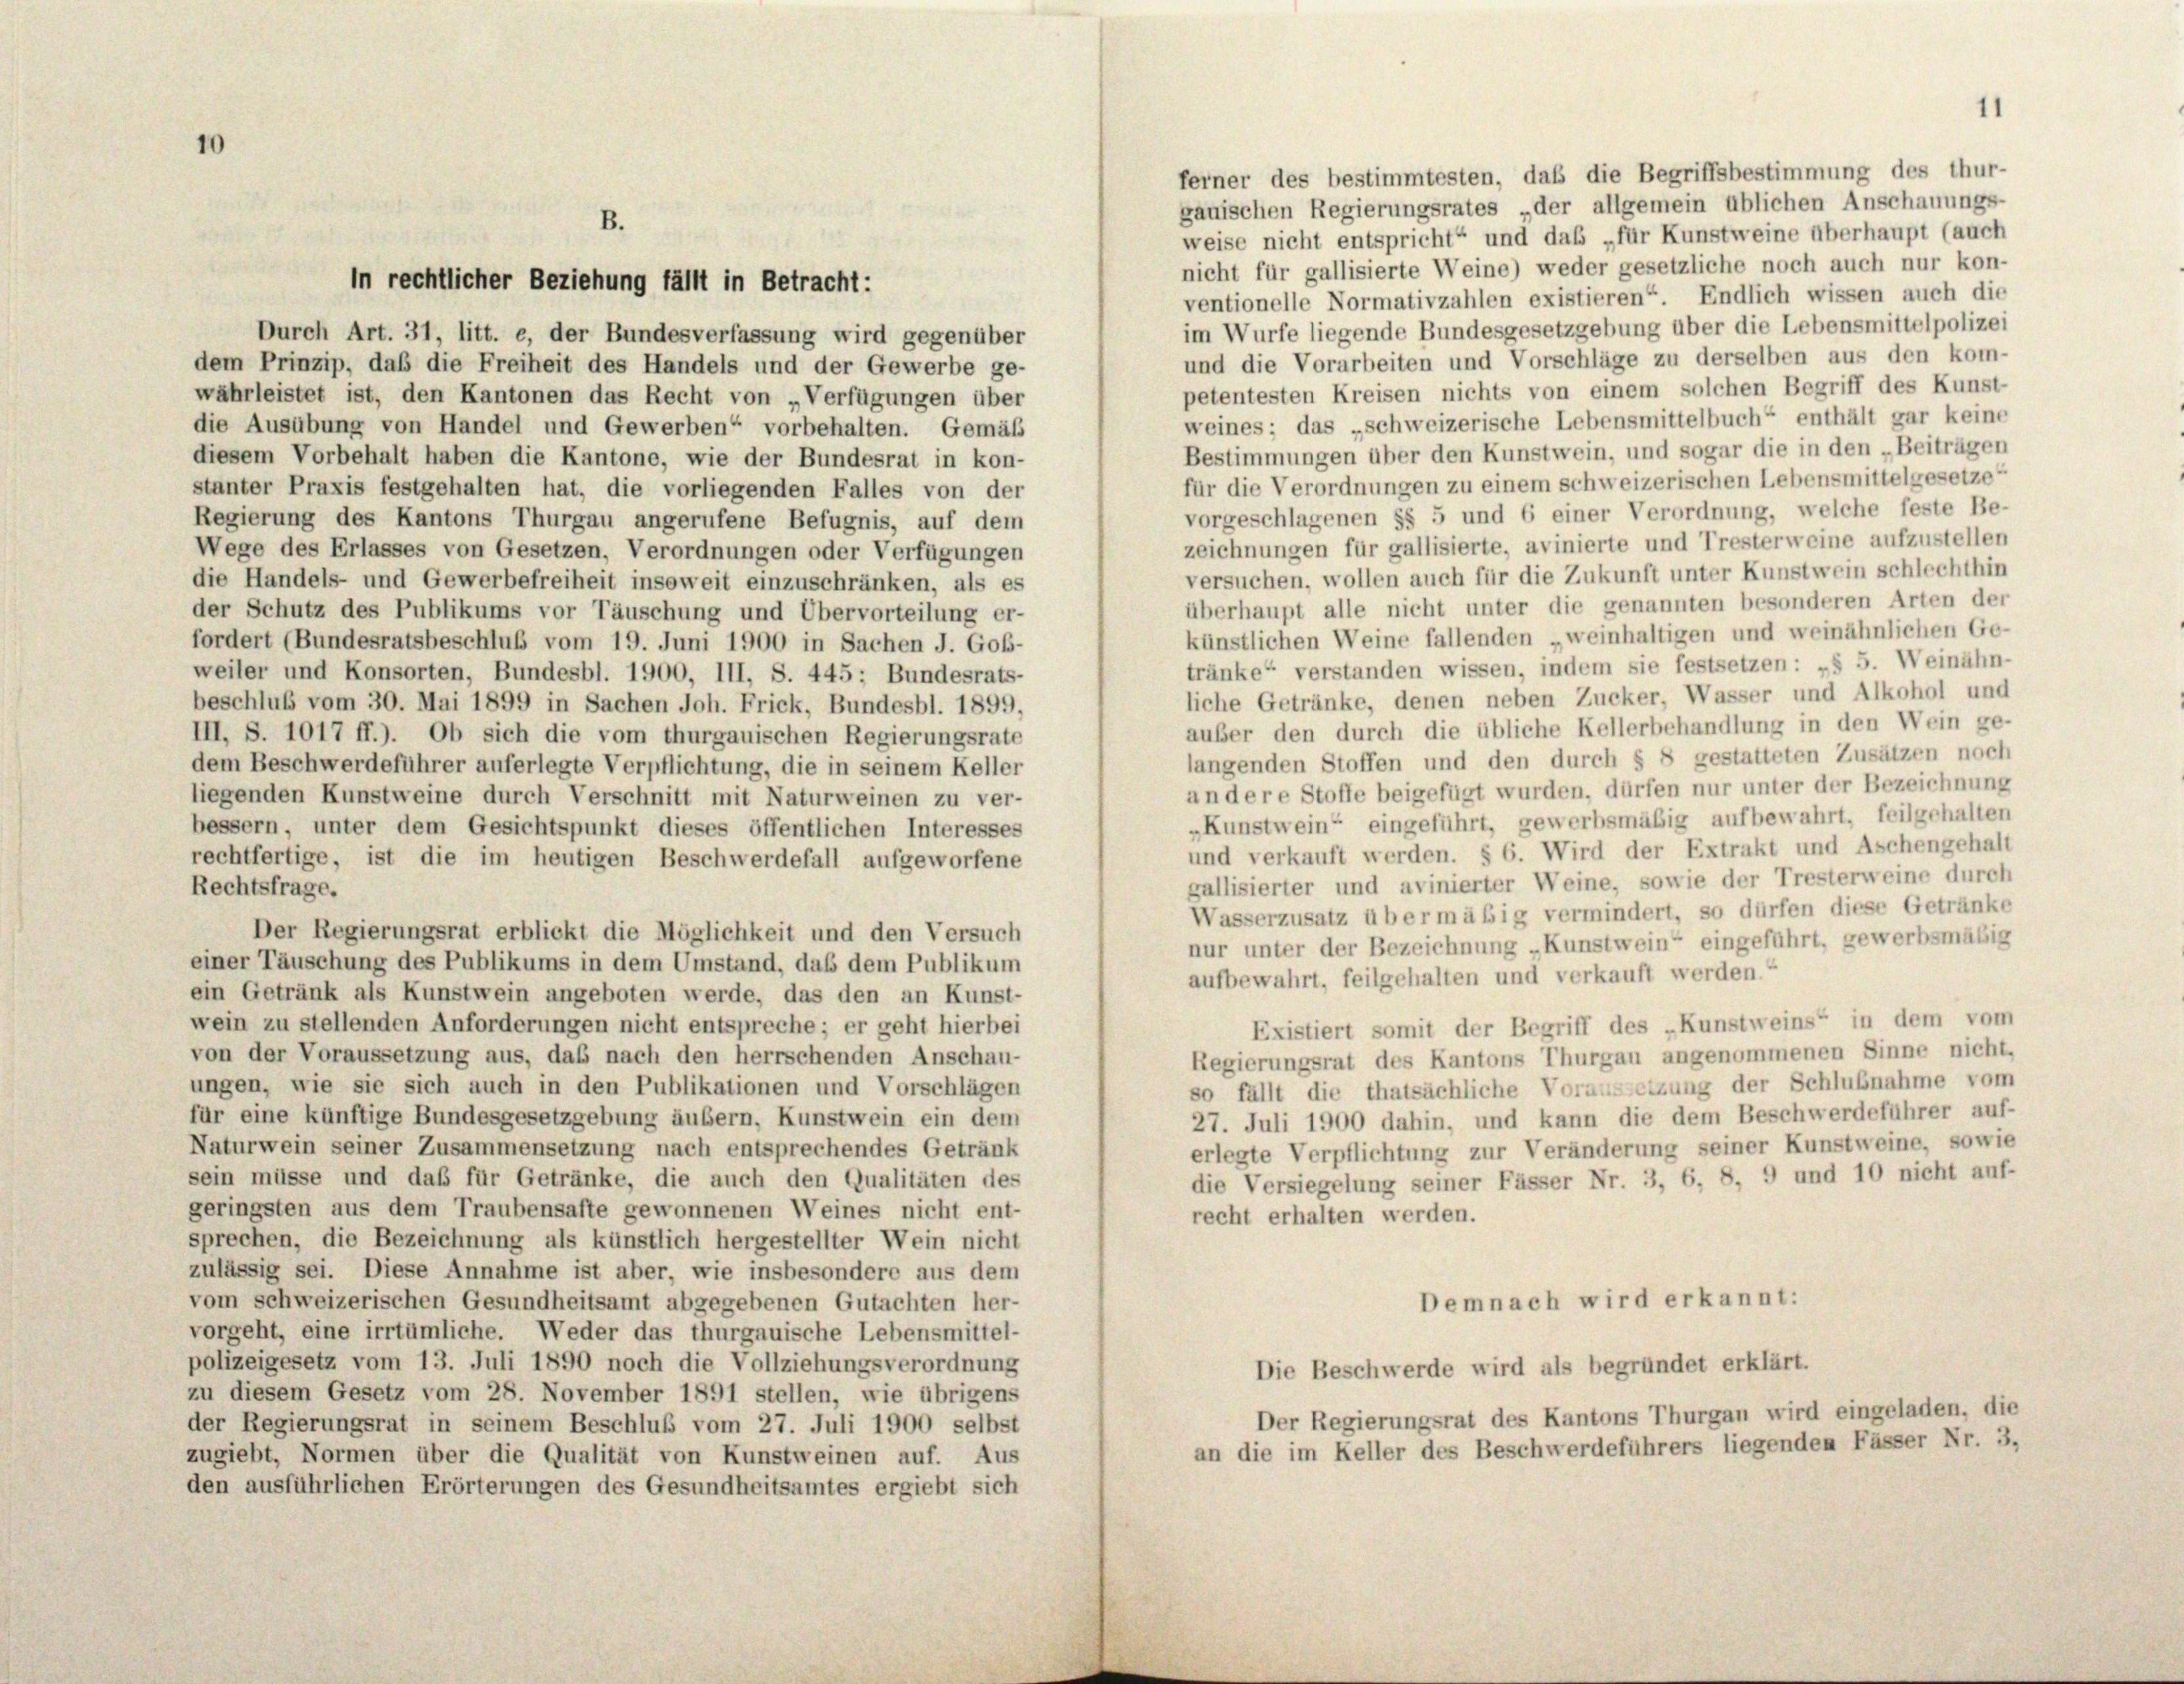
ferner des bestimmtesten, daß die Begriffsbestimmung des thur-
gauischen Regierungsrates „der allgemein üblichen Anschauungs-
B.
weise nicht entspricht“ und das „für Kunstweine überhaupt (auch
nicht für gallisierte Weine) weder gesetzliche noch auch nur kon-
ventionelle Normativzahlen existieren“. Endlich wissen auch die
im Würfe liegende Bundesgesetzgebung über die Lebensmittelpolizei
Durch Art. 31, litt. e, der Bundesverfassung wird gegenüber
und die Vorarbeiten und Vorschläge zu derselben aus den kom-
dem Prinzip, daß die Freiheit des Handels und der Gewerbe ge-
petentesten Kreisen nichts von einem solchen Begriff des Kunst
währleistet ist, den Kantonen das Recht von „Verfügungen über
weines; das „schweizerische Lebensmittelbuch“ enthält gar keine
die Ausübung von Handel und Gewerben“ vorbehalten. Gemäss
Bestimmungen über den Kunstwein, und sogar die in den „Beiträgen
diesem Vorbehalt haben die Kantone, wie der Bundesrat in kon-
für die Verordnungen zu einem schweizerischen Lebensmittelgesetze“
stanter Praxis festgehalten hat, die vorliegenden Falles von der
vorgeschlagenen §§ 5 und 6 einer Verordnung, welche feste Be-
Regierung des Kantons Thurgau angerufene Befugnis, auf dem
zeichnungen für gallisierte, avinierte und Tresterweine aufzustellen
Wege des Erlasses von Gesetzen, Verordnungen oder Verfügungen
versuchen, wollen auch für die Zukunft unter Kunstwein schlechthin
die Handels- und Gewerbefreiheit insoweit einzuschränken, als es
überhaupt alle nicht unter die genannten besonderen Arten der
der Schutz des Publikums vor Täuschung und Übervorteilung er-
künstlichen Weine fallenden „weinhaltigen und weinähnlichen Ge-
fordert (Bundesratsbeschluß vom 19. Juni 1900 in Sachen J. Gob-
tränke“ verstanden wissen, indem sie festsetzen: „§ 5. Weinähn-
weiler und Konsorten, Bundesbl. 1900, III, S. 445; Bundesrats-
liche Getränke, denen neben Zucker, Wasser und Alkohol und
beschluß vom 30. Mai 1899 in Sachen Joh. Frick, Bundesbl. 1899.
außer den durch die übliche Kellerbehandlung in den Wein ge-
III, S. 1017 ff.). Ob sich die vom thurgauischen Regierungsrate
langenden Stoffen und den durch § 8 gestatteten Zusätzen noch
dem Beschwerdeführer auferlegte Verpflichtung, die in seinem Keller
an dere Stoffe beigefügt wurden, dürfen nur unter der Bezeichnung
liegenden Kunstweine durch Verschnitt mit Naturweinen zu ver-
„Kunstwein“ eingeführt, gewerbsmäßig aufbewahrt, feilgehalten
bessern, unter dem Gesichtspunkt dieses öffentlichen Interesses
und verkauft werden. § 6. Wird der Extrakt und Aschengehalt
rechtfertige, ist die im heutigen Beschwerdefall aufgeworfene
gallisierter und avinierter Weine, sowie der Tresterweine durch
Rechtsfrage.
Wasserzusatz über mässig vermindert, so dürfen diese Getränke
Der Regierungsrat erblickt die Möglichkeit und den Versuch
nur unter der Bezeichnung „Kunstwein“ eingeführt, gewerbsmäßig
einer Täuschung des Publikums in dem Umstand, daß dem Publikum
aufbewahrt, feilgehalten und verkauft werden.“
ein Getränk als Kunstwein angeboten werde, das den an Kunst-
wein zu stellenden Anforderungen nicht entspreche; er geht hierbei
Existiert somit der Begriff des „Kunstweins“ in dem vom
von der Voraussetzung aus, daß nach den herrschenden Anschau-
Regierungsrat des Kantons Thurgau angenommenen Sinne nicht,
ungen, wie sie sich auch in den Publikationen und Vorschlägen
so fällt die thatsächliche Voransetzung der Schlußnahme vom
für eine künftige Bundesgesetzgebung äußern, Kunstwein ein dem
27. Juli 1900 dahin, und kann die dem Beschwerdeführer auf-
Naturwein seiner Zusammensetzung nach entsprechendes Getränk
erlegte Verpflichtung zur Veränderung seiner Kunstweine, sowie
sein müsse und daß für Getränke, die auch den Qualitäten des
die Versiegelung seiner Fässer Nr. 3, 6, 8, 9 und 10 nicht auf-
geringsten aus dem Traubensafte gewonnenen Weines nicht ent-
recht erhalten werden.
sprechen, die Bezeichnung als künstlich hergestellter Wein nicht
zulässig sei. Diese Annahme ist aber, wie insbesondere aus dem
vom schweizerischen Gesundheitsamt abgegebenen Gutachten her-
Demnach wird erkannt:
vorgeht, eine irrtümliche. Weder das thurgauische Lebensmittel-
polizeigesetz vom 13. Juli 1890 noch die Vollziehungsverordnung
Die Beschwerde wird als begründet erklärt.
zu diesem Gesetz vom 28. November 1891 stellen, wie übrigens
Der Regierungsrat des Kantons Thurgau wird eingeladen, die
der Regierungsrat in seinem Beschluß vom 27. Juli 1900 selbst
an die im Keller des Beschwerdeführers liegenden Fässer Nr. 3,
zugiebt, Normen über die Qualität von Kunstweinen auf. Aus
den ausführlichen Erörterungen des Gesundheitsamtes ergiebt sich

in rechtlicher Beziehung fällt in Betracht: